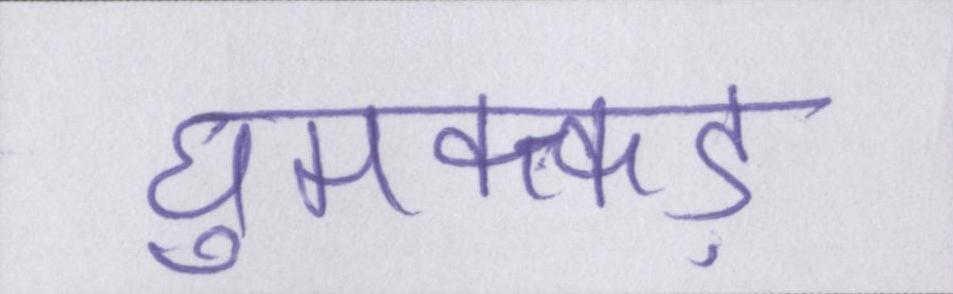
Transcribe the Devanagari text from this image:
घुमक्कड़